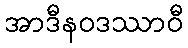
အာဒီနဝဒဿာဝီ